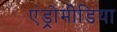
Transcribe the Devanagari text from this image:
एंड्रोमीडिया